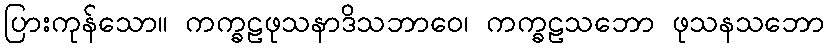
ပြားကုန်သော။ ကက္ခဠဖုသနာဒိသဘာဝေ၊ ကက္ခဠသဘော ဖုသနသဘော